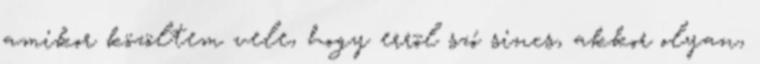
amikor közöltem vele, hogy errõl szó sincs, akkor olyan,